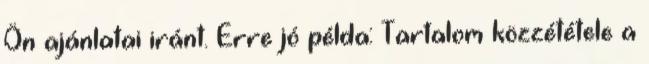
Ön ajánlatai iránt. Erre jó példa: Tartalom közzététele a